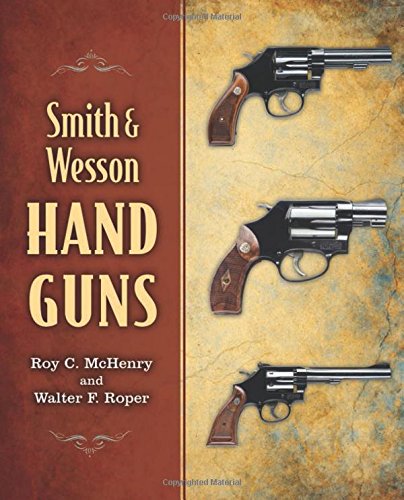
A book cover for Smith & Wesson Hand Guns; Roy C. McHenry; Crafts, Hobbies & Home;